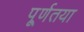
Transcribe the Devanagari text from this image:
पू्र्णतया